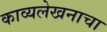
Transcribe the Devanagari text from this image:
काव्यलेखनाचा